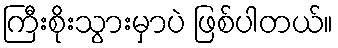
ကြီးစိုးသွားမှာပဲ ဖြစ်ပါတယ်။